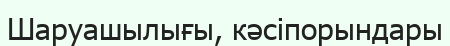
Шаруашылығы, кәсіпорындары